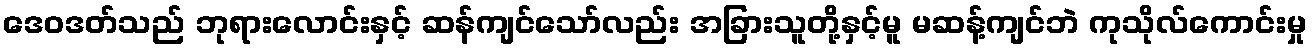
ဒေဝဒတ်သည် ဘုရားလောင်းနှင့် ဆန်ကျင်သော်လည်း အခြားသူတို့နှင့်မူ မဆန့်ကျင်ဘဲ ကုသိုလ်ကောင်းမှု